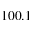
1 0 0 . 1